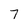
Character: 7